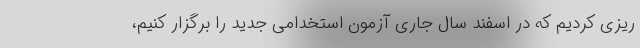
ریزی کردیم که در اسفند سال جاری آزمون استخدامی جدید را برگزار کنیم،